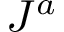
J ^ { a }